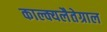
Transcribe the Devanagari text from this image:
काल्क्यलैतेग्राल